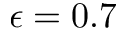
\epsilon = 0 . 7